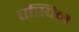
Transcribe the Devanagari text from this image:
एस्पिन